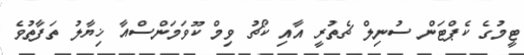
ޓީމުގެ ކެޕްޓަން ސުނިލް ޗެތުރީ އާއި ކޯޗު ވިމް ކޫވަމަންސްއާ ޚިޔާލު ތަފާތުވެ